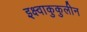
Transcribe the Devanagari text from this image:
इक्ष्वाकुकुलीन